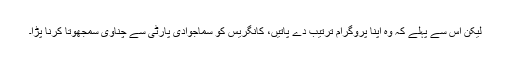
لیکن اس سے پہلے کہ وہ اپنا پروگرام ترتیب دے پاتیں، کانگریس کو سماجوادی پارٹی سے چناوی سمجھوتا کرنا پڑا۔